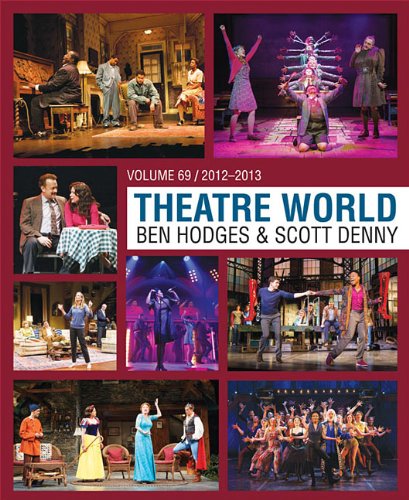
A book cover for Theatre World Volume 69: 2012-2013; Arts & Photography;